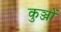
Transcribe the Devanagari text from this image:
कुञ्जों